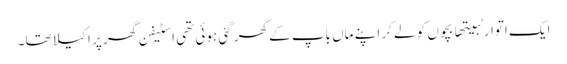
ایک اتوار ٹبیتھا بچوں کو لے کر اپنے ماں باپ کے گھر گئی ہوئی تھی اسٹیفن گھر پر اکیلا تھا۔